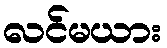
လင်မယား